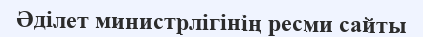
Әділет министрлігінің ресми сайты